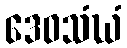
ဒေဝသံဃံ